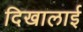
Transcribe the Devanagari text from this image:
दिखालाई